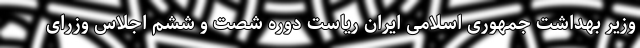
وزیر بهداشت جمهوری اسلامی ایران ریاست دوره شصت و ششم اجلاس وزرای